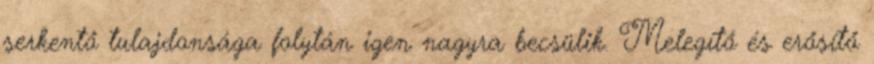
serkentő tulajdonsága folytán igen nagyra becsülik. Melegítő és erősítő